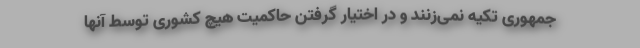
جمهوری تکیه نمی‌زنند و در اختیار گرفتن حاکمیت هیچ کشوری توسط آنها